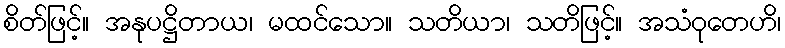
စိတ်ဖြင့်။ အနုပဋ္ဌိတာယ၊ မထင်သော။ သတိယာ၊ သတိဖြင့်။ အသံဝုတေဟိ၊